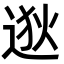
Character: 逖